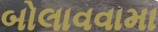
બોલાવવામા